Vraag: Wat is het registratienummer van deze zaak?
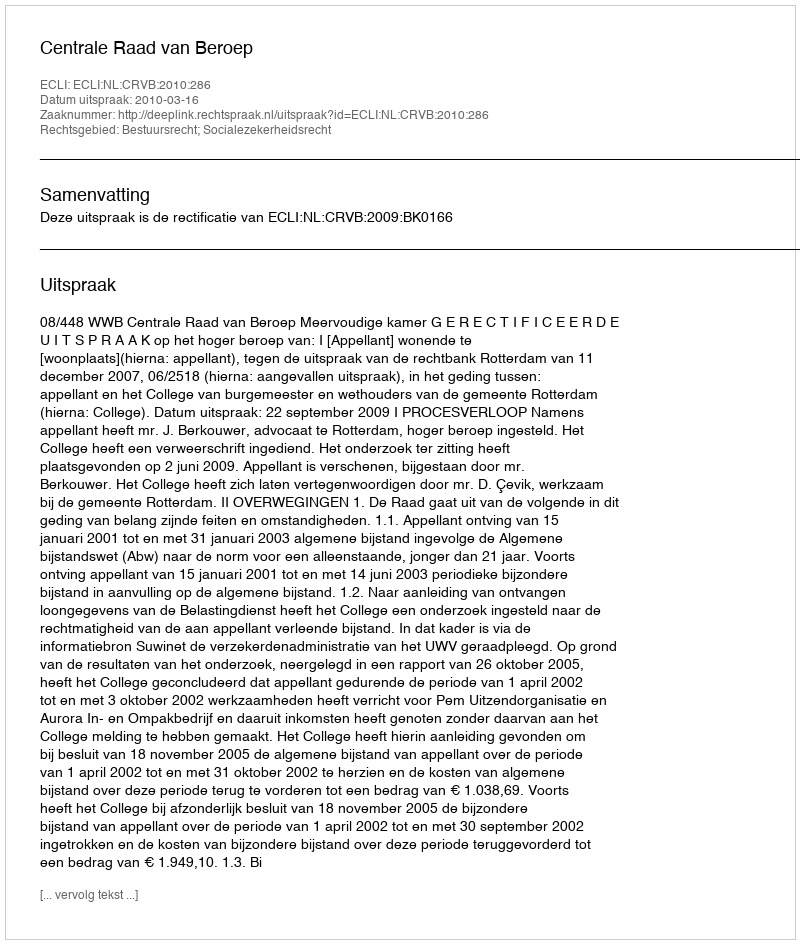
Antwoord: http://deeplink.rechtspraak.nl/uitspraak?id=ECLI:NL:CRVB:2010:286